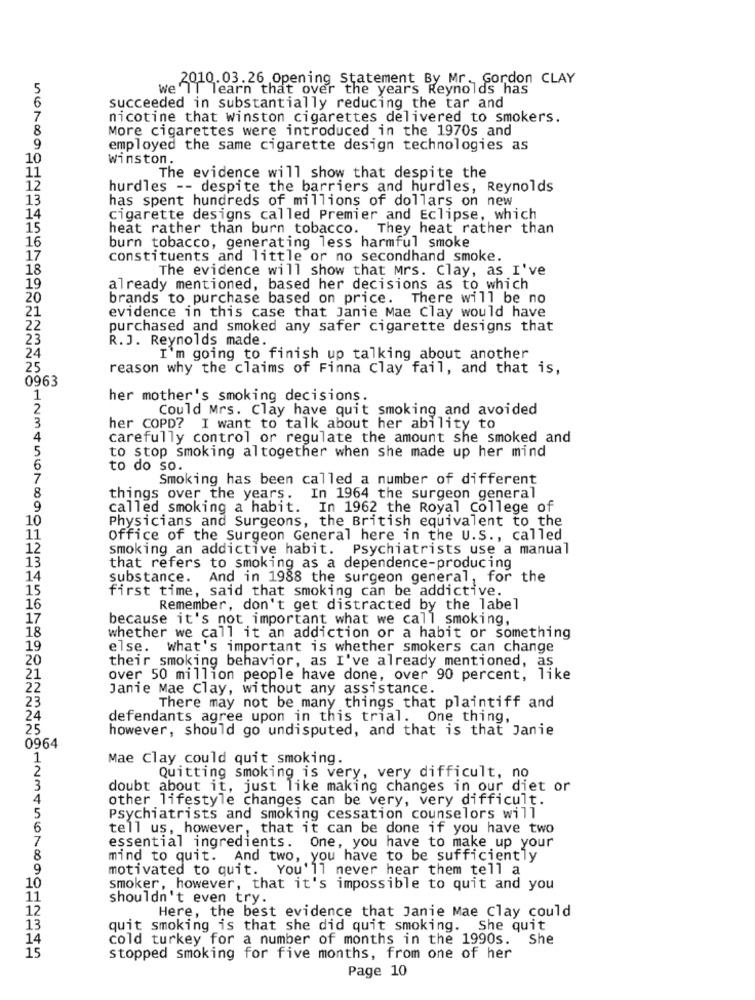
2010.03.26 Opening Statement By Mr. Gordon CLAY
we IT learn that over the years Reynolds has
6
succeeded in substantially reducing the tar and
7
nicotine that Winston cigarettes delivered to smokers.
8
More cigarettes were introduced in the 1970s and
9
employed the same cigarette design technologies as
10
Winston.
11
The evidence will show that despite the
12
hurdles -- despite the barriers and hurdles, Reynolds
13
has spent hundreds of millions of dollars on new
14
cigarette designs called Premier and Eclipse, which
15
heat rather than burn tobacco. They heat rather than
16
burn tobacco, generating less harmful smoke
17
constituents and little or no secondhand smoke.
18
The evidence will show that Mrs. Clay, as I've
19
already mentioned, based her decisions as to which
20
brands to purchase based on price. There will be no
21
evidence in this case that Janie Mae Clay would have
22
purchased and smoked any safer cigarette designs that
23
R. J. Reynolds made.
24
I'm going to finish up talking about another
25
reason why the claims of Finna Clay fail, and that is,
0963
1
her mother's smoking decisions.
2
Could Mrs. Clay have quit smoking and avoided
3
her COPD? I want to talk about her ability to
4
carefully control or regulate the amount she smoked and
5
to stop smoking altogether when she made up her mind
6
to do so.
7
Smoking has been called a number of different
8
things over the years. In 1964 the surgeon general
9
called smoking a habit. In 1962 the Royal College of
10
Physicians and Surgeons, the British equivalent to the
11
Office of the Surgeon General here in the U.S ., called
12
smoking an addictive habit. Psychiatrists use a manual
13
that refers to smoking as a dependence-producing
14
substance. And in 1988 the surgeon general, for the
15
first time, said that smoking can be addictive.
16
Remember, don't get distracted by the label
17
because it's not important what we call smoking,
18
whether we call it an addiction or a habit or something
19
else.
What's important is whether smokers can change
20
their smoking behavior, as I've already mentioned, as
21
over 50 million people have done, over 90 percent, like
Janie Mae Clay, without any assistance.
23
There may not be many things that plaintiff and
24
defendants agree upon in this trial. One thing,
25
however, should go undisputed, and that is that Janie
0964
1
Mae Clay could quit smoking.
2
Quitting smoking is very, very difficult, no
3
doubt about it, just like making changes in our diet or
4
other lifestyle changes can be very, very difficult.
5
Psychiatrists and smoking cessation counselors will
6
tell us, however, that it can be done if you have two
7
essential ingredients. One, you have to make up your
8
mind to quit. And two, you have to be sufficiently
9
motivated to quit. You'll never hear them tell a
10
smoker, however, that it's impossible to quit and you
11
shouldn't even try.
12
Here, the best evidence that Janie Mae Clay could
13
quit smoking is that she did quit smoking. She quit
14
cold turkey for a number of months in the 1990s. She
15
stopped smoking for five months, from one of her
Page 10